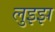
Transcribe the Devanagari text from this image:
लुइझ